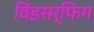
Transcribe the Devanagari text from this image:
विंडसर्फिग